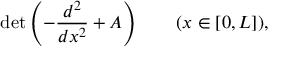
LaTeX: \operatorname* { d e t } \left( - { \frac { d ^ { 2 } } { d x ^ { 2 } } } + A \right) \qquad ( x \in [ 0 , L ] ) ,